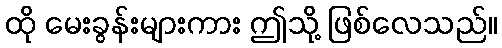
ထို မေးခွန်းများကား ဤသို့ ဖြစ်လေသည်။